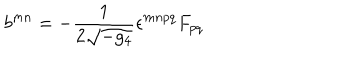
b ^ { m n } = - \frac { 1 } { 2 \sqrt { - g _ { 4 } } } \epsilon ^ { m n p q } F _ { p q }